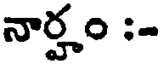
నార్హం :-